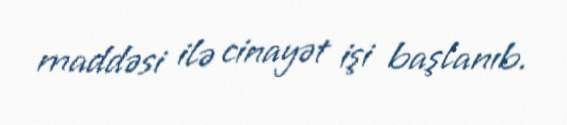
maddəsi ilə cinayət işi başlanıb.